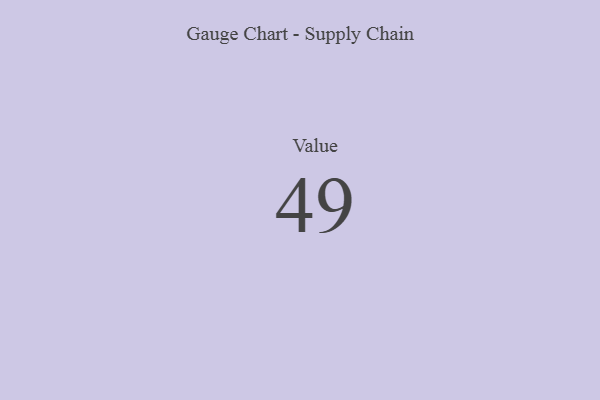
{"axis": {"x": "Metric", "y": "Value"}, "legend": [""], "data": [{"x": "Value", "y": 49, "type": ""}]}